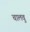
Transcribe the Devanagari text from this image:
चालवु